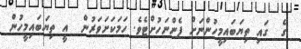
ގެ  ގައި ތިޔަބައިމީހުންނަށް ފެންނަހުށްޓެވެ. ހަމަކަށަވަރުން  އީ ތިޔަބައިމީހުން